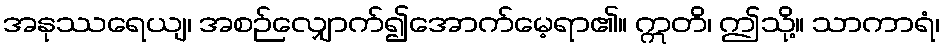
အနုဿရေယျ၊ အစဉ်လျှောက်၍အောက်မေ့ရာ၏။ ဣတိ၊ ဤသို့။ သာကာရံ၊